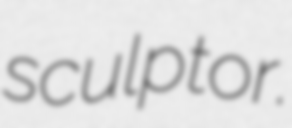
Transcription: sculptor.